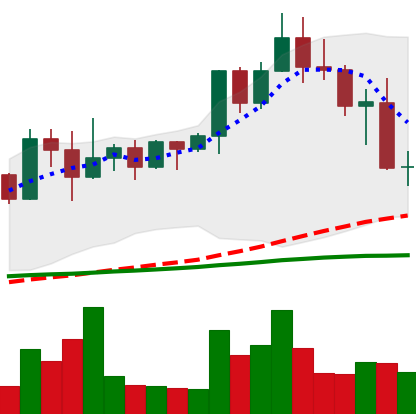
Ticker: XMR-USD
Chart end date: 2022-04-27
Forward return: -13.44%
Label: down_7plus